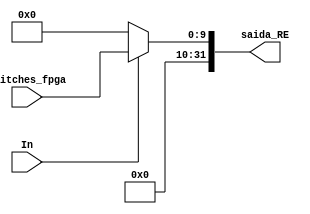
module entrada (switches_fpga, In, saida_RE);

input [9:0] switches_fpga;
input In;

output reg [31:0] saida_RE;

always @(*)
begin
saida_RE = 32'b0;
if(In) saida_RE = switches_fpga;
end

endmodule